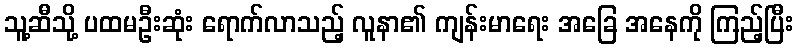
သူ့ဆီသို့ ပထမဦးဆုံး ရောက်လာသည့် လူနာ၏ ကျန်းမာရေး အခြေ အနေကို ကြည့်ပြီး